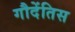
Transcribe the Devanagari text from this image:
गौदेंतिस